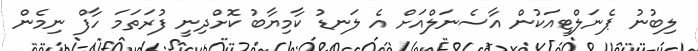
ލިބުނު ޕެނަލްޓީއަކުން އާސެނަލްއަށް އެ ލަނޑު ކާމިޔާބު ކޮށްދިނީ ފުރަތަމަ ހާފް ނިމެން